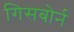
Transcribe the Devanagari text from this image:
गिसबोर्न